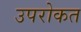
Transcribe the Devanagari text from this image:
उपरोकत